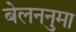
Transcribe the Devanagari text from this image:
बेलननुमा